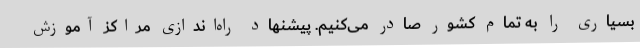
بسیاری را به تمام کشور صادر می‌کنیم. پیشنهاد راه‌اندازی مراکز آموزش